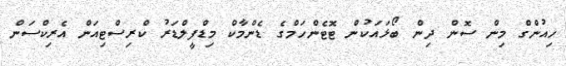
ހިއުންގް މިން ސޮން ދިން ބޯޅައަކުން ޓޮޓެންހަމްގެ ޑެންމާކް މިޑްފީލްޑަރު ކްރިސްޓިއަން އެރިކްސަން